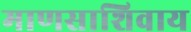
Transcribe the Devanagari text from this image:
माणसाशिवाय